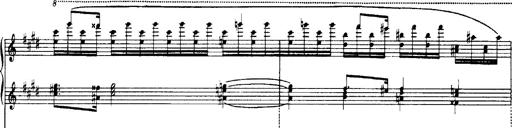
Title: OuvertÃ¼re zu TannhÃ¤user
Composer: Franz Liszt